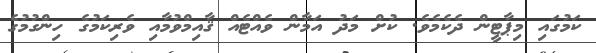
ކަމުގައި މިޕާޓީން ދެކެމެވެ. ކުށް މަދު އަމާން ވެއްޓެއް ޤާއިމްވުމާއި ވެރިކަމުގެ ހިންގުމުގެ